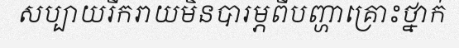
សប្បាយរីករាយមិនបារម្ភពីបញ្ហាគ្រោះថ្នាក់